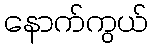
နောက်ကွယ်